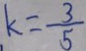
k = \frac { 3 } { 5 }